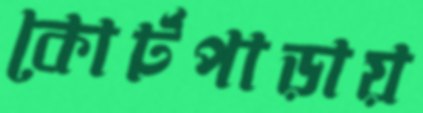
কোর্টপাড়ায়